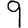
Digit: 9